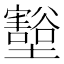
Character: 𭐋